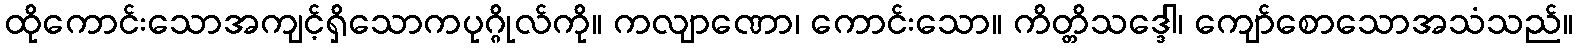
ထိုကောင်းသောအကျင့်ရှိသောကပုဂ္ဂိုလ်ကို။ ကလျာဏော၊ ကောင်းသော။ ကိတ္တိသဒ္ဒေါ၊ ကျော်စောသောအသံသည်။